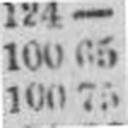
100 75